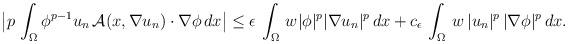
LaTeX: \begin{align*}\big|p\,\int_{\Omega}\phi^{p-1}u_n\,\mathcal{A}(x,\nabla u_n)\cdot\nabla\phi\,dx\big|&\leq \epsilon\,\int_{\Omega}\,w|\phi|^p|\nabla u_n|^p\,dx + c_\epsilon\,\int_{\Omega}\,w\,|u_n|^p\,|\nabla\phi|^p\,dx.\end{align*}